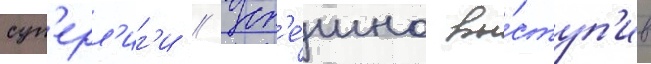
суп'ерл'иг'и // Усп'е́шно вы́ступ'ив